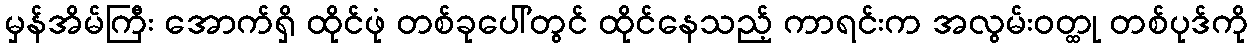
မှန်အိမ်ကြီး အောက်ရှိ ထိုင်ဖုံ တစ်ခုပေါ်တွင် ထိုင်နေသည့် ကာရင်းက အလွမ်းဝတ္ထု တစ်ပုဒ်ကို